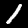
Label: 1